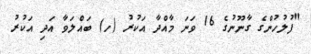
"ފުލުހުންގެ ގާނޫނުގެ 16 ވަނަ މާއްދާ އަކުރު (ހ) ބައްލަވާ އަދި އަކުރު